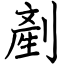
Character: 剷